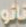
نانو